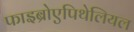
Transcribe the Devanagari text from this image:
फाइब्रोएपिथेलियल